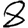
Digit: 8